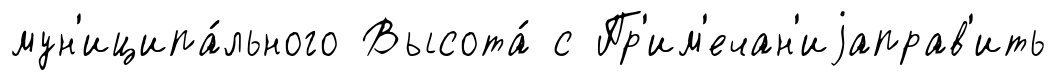
мун'иципа́льного Высота́ с Пр'им'ечан'иjаправ'ить